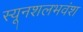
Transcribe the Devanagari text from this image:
स्यूनशलभवंश